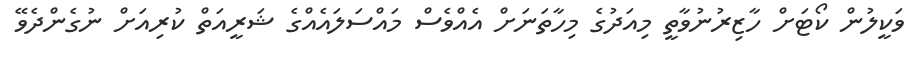
ވަކީލުން ކޯޓަށް ހާޒިރުނުވާތީ މިއަދުގެ މިހާތަނަށް އެއްވެސް މައްސަލައެއްގެ ޝަރީއަތް ކުރިއަށް ނުގެންދެވޭ